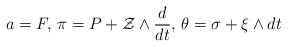
\begin{align*}a=F,\, \pi=P+\mathcal{Z}\wedge \frac{d}{d t},\, \theta=\sigma+\mathcal{\xi}\wedge dt\end{align*}